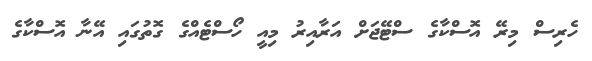
ހެރިސް މިރޭ އޮސްކާގެ ސްޓޭޖަށް އަރާއިރު މިއީ ހޯސްޓެއްގެ ގޮތުގައި އޭނާ އޮސްކާގެ